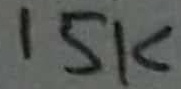
Text: 15K